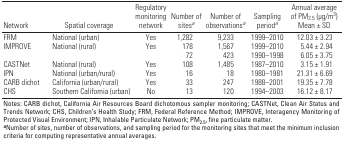
<table><thead><tr><td><b>Network</b></td><td><b>Spatial coverage</b></td><td><b>Regulatory monitoring network</b></td><td><b>Number of sites<sup><i>a</i></sup></b></td><td><b>Number of observations<sup><i>a</i></sup></b></td><td><b>Sampling period<sup><i>a</i></sup></b></td><td><b>Annual average of PM<sub>2.5</sub> (μg/m<sup>3</sup>) Mean ± SD</b></td></tr></thead><tbody><tr><td><b>FRM</b></td><td>National (urban)</td><td>Yes</td><td>1,282</td><td>9,233</td><td>1999–2010</td><td>12.03 ± 3.23</td></tr><tr><td rowspan="2"><b>IMPROVE</b></td><td rowspan="2">National (rural)</td><td rowspan="2">Yes</td><td>178</td><td>1,567</td><td>1999–2010</td><td>5.44 ± 2.94</td></tr><tr><td>72</td><td>423</td><td>1990–1998</td><td>6.05 ± 3.75</td></tr><tr><td><b>CASTNet</b></td><td>National (rural)</td><td>Yes</td><td>108</td><td>1,485</td><td>1987–2010</td><td>3.15 ± 1.91</td></tr><tr><td><b>IPN</b></td><td>National (urban/rural)</td><td>Yes</td><td>16</td><td>18</td><td>1980–1981</td><td>21.31 ± 6.69</td></tr><tr><td><b>CARB dichot</b></td><td>California (urban/rural)</td><td>Yes</td><td>33</td><td>247</td><td>1988–2001</td><td>19.35 ± 7.78</td></tr><tr><td><b>CHS</b></td><td>Southern California (urban)</td><td>No</td><td>13</td><td>120</td><td>1994–2003</td><td>16.12 ± 8.17</td></tr><tr><td colspan="7">Notes: CARB dichot, California Air Resources Board dichotomous sampler monitoring; CASTNet, Clean Air Status and Trends Network; CHS, Children’s Health Study; FRM, Federal Reference Method; IMPROVE, Interagency Monitoring of Protected Visual Environment; IPN, Inhalable Particulate Network; PM<sub>2.5</sub>, fine particulate matter. <sup><i><b>a</b></i></sup>Number of sites, number of observations, and sampling period for the monitoring sites that meet the minimum inclusion criteria for computing representative annual averages.</td></tr></tbody></table>